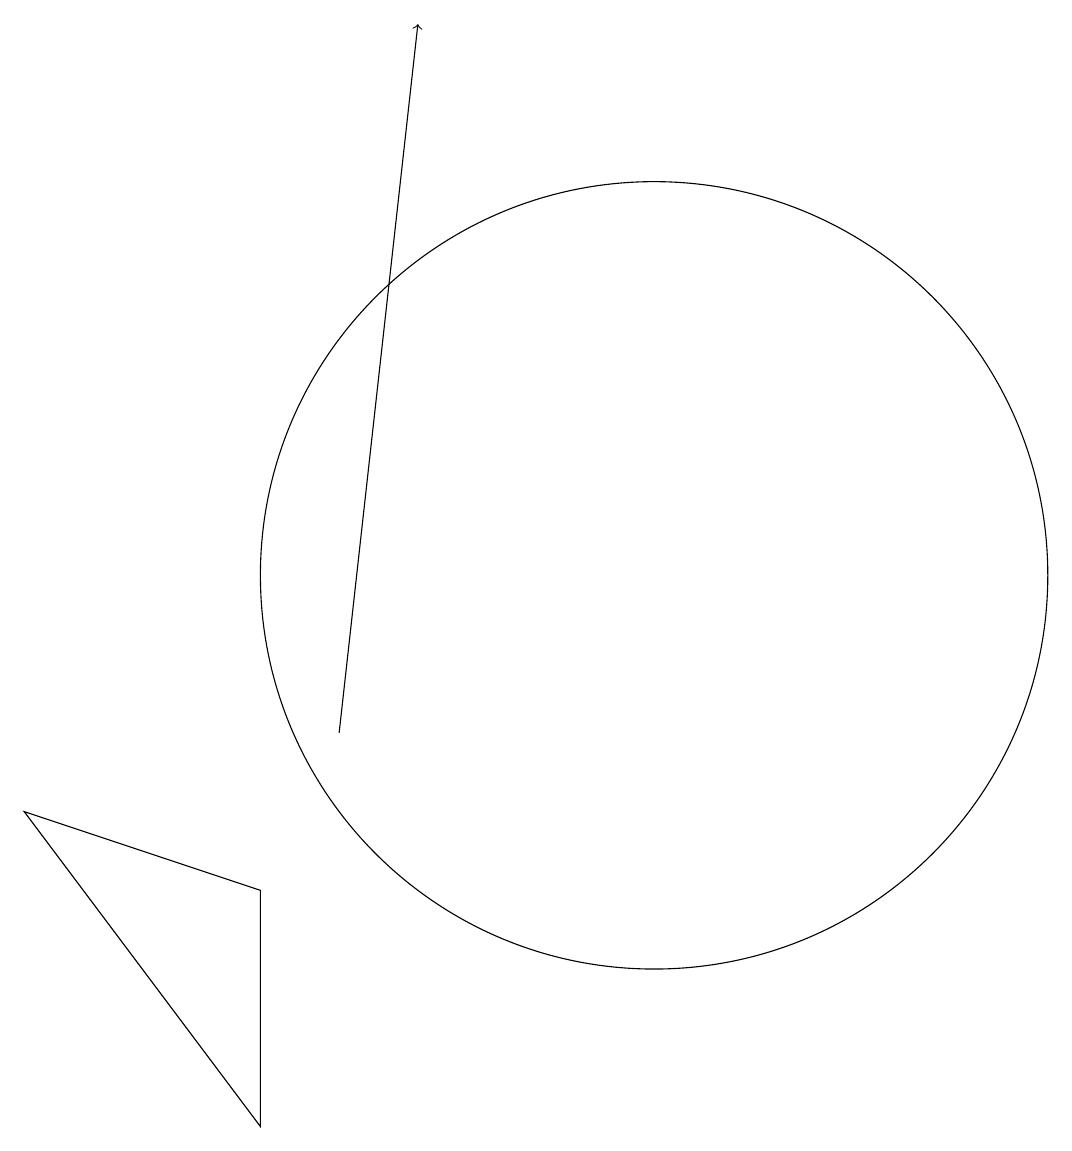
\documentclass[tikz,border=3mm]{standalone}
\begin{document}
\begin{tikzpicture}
\draw[->] (6,10) -- (7,19);
\draw (5,8) -- (5,5) -- (2,9) -- cycle;
\draw (10,12) circle (5);
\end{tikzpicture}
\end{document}